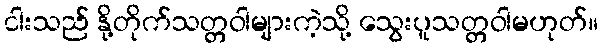
ငါးသည် နို့တိုက်သတ္တဝါများကဲ့သို့ သွေးပူသတ္တဝါမဟုတ်။